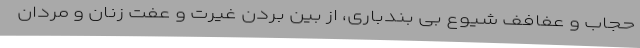
حجاب و عفافف شیوع بی بندباری، از بین بردن غیرت و عفت زنان و مردان